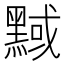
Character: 𪑝